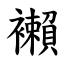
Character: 襰